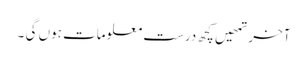
آخر تمھیں کچھ درست معلومات ہوں گی ۔